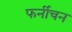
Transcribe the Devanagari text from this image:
फर्नीचन